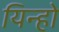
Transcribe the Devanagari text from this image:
यिन्हो